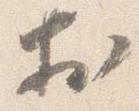
於